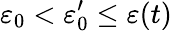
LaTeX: \varepsilon_{0}<\varepsilon_{0}^{\prime}\leq\varepsilon(t)